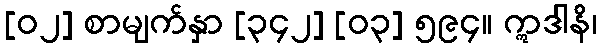
[၀၂] စာမျက်နှာ [၃၄၂] [၀၃] ၅၉၄။ ဣဒါနိ၊